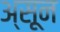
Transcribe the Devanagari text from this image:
अ्सून